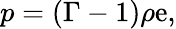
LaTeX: p=(\Gamma-1)\rho\mathrm{e},